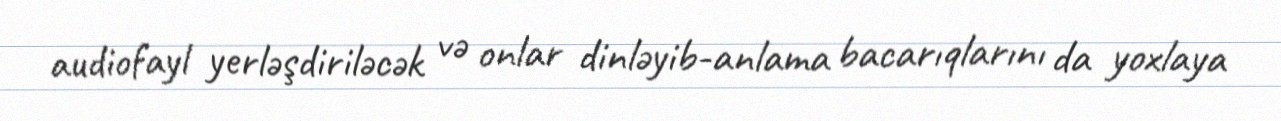
audiofayl yerləşdiriləcək və onlar dinləyib-anlama bacarıqlarını da yoxlaya